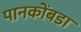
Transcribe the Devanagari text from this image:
पानकोंबडा